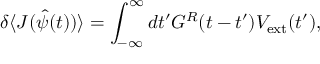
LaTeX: \delta \langle J ( \hat { \psi } ( t ) ) \rangle = \int _ { - \infty } ^ { \infty } d t ^ { \prime } G ^ { R } ( t - t ^ { \prime } ) V _ { \mathrm { e x t } } ( t ^ { \prime } \/ ) ,